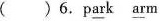
()6.p\underline{ar}k \underline{ar}m